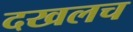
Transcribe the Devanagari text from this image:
दखलच